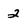
Character: 2